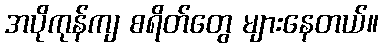
အပိုကုန်ကျ စရိတ်တွေ များနေတယ်။